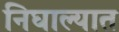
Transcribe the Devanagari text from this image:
निघाल्यात